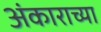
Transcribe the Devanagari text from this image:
अंकाराच्या